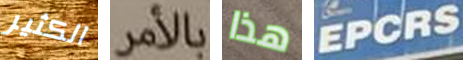
الكثير بالأمر هذا EPCRS